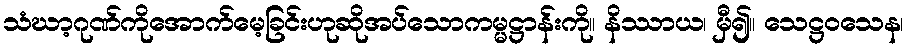
သံဃာ့ဂုဏ်ကိုအောက်မေ့ခြင်းဟုဆိုအပ်သောကမ္မဋ္ဌာန်းကို။ နိဿာယ၊ မှီ၍။ သေဋ္ဌဝသေန၊